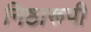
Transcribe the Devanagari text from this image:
निष्ठारूपी